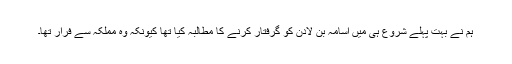
ہم نے بہت پہلے شروع ہى میں اسامہ بن لادن کو گرفتار کرنے کا مطالبہ کیا تها کیونکہ وه مملکہ سے فرار تها۔